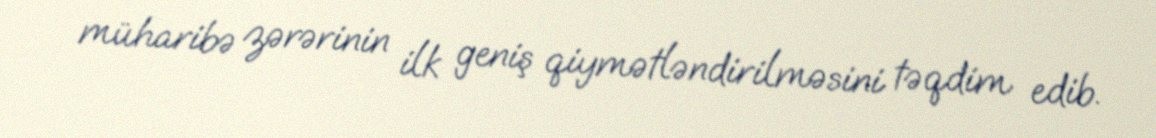
müharibə zərərinin ilk geniş qiymətləndirilməsini təqdim edib.